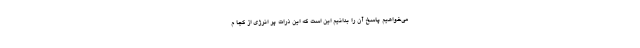
می‌خواهیم پاسخ آن را بدانیم این است که این ذرات پر انرژی از کجا م